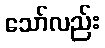
သော်လည်း